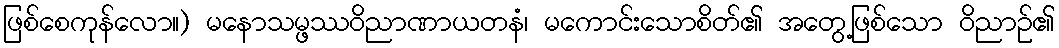
ဖြစ်စေကုန်လော။) မနောသမ္ဖဿဝိညာဏာယတနံ၊ မကောင်းသောစိတ်၏ အတွေ့ဖြစ်သော ဝိညာဉ်၏